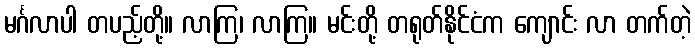
မင်္ဂလာပါ တပည့်တို့။ လာကြ၊ လာကြ။ မင်းတို့ တရုတ်နိုင်ငံက ကျောင်း လာ တက်တဲ့